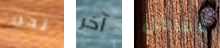
نحن آخر لأماكن